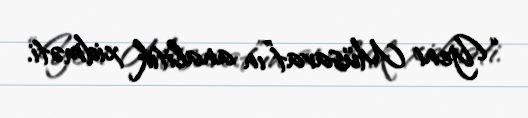
“Yeni Müsavat”ın analitik xidməti.